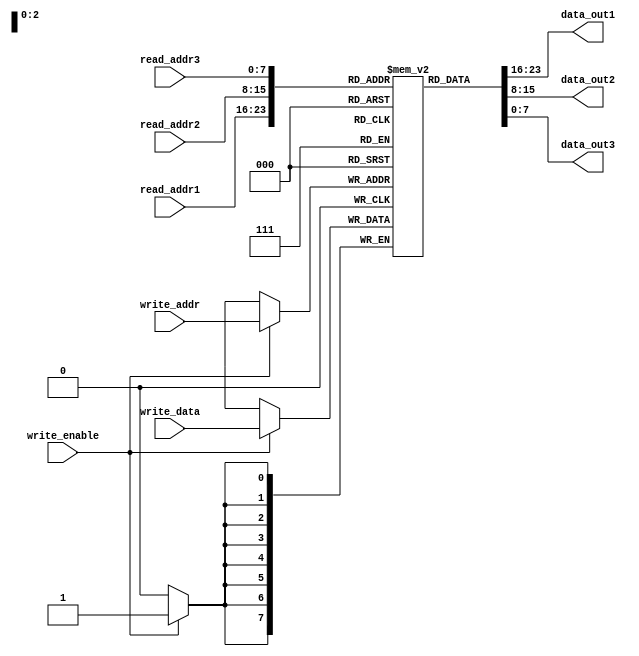
module triple_port_register_file (
    input [7:0] read_addr1,
    input [7:0] read_addr2,
    input [7:0] read_addr3,
    input [7:0] write_addr,
    input write_enable,
    input [7:0] write_data,
    output reg [7:0] data_out1,
    output reg [7:0] data_out2,
    output reg [7:0] data_out3
);

reg [7:0] mem[0:255];

always @ (posedge clk) begin
    if (write_enable) begin
        mem[write_addr] <= write_data;
    end
end

always @ (*) begin
    data_out1 = mem[read_addr1];
    data_out2 = mem[read_addr2];
    data_out3 = mem[read_addr3];
end

endmodule